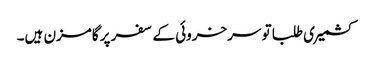
کشمیری طلبا تو سرخروئی کے سفر پر گامزن ہیں۔